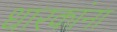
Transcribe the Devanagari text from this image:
धारकांना